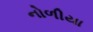
નોળીયા